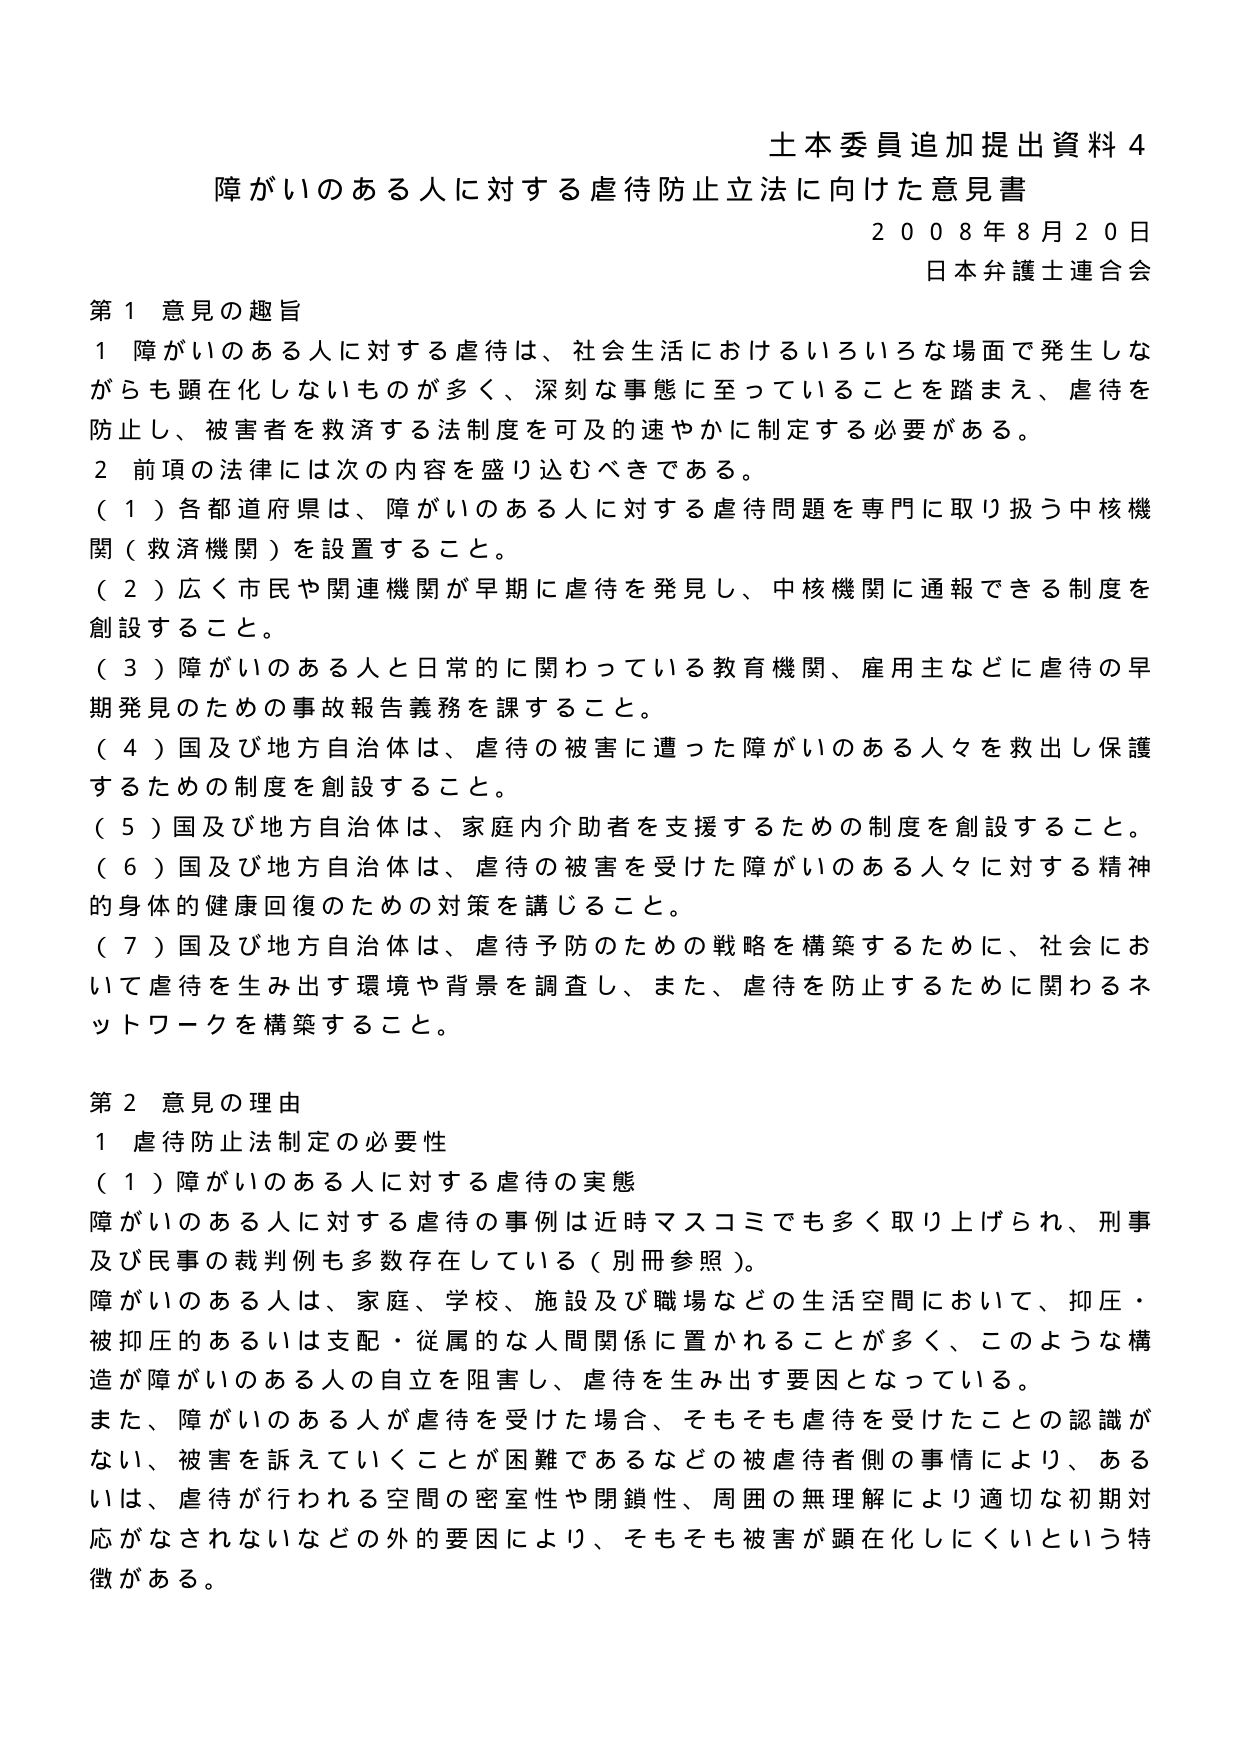
土本委員追加提出資料４
障がいのある人に対する虐待防止立法に向けた意見書
２００８年８月２０日
日本弁護士連合会

第１ 意見の趣旨
１ 障がいのある人に対する虐待は、社会生活におけるいろいろな場面で発生しながらも顕在化しないものが多く、深刻な事態に至っていることを踏まえ、虐待を防止し、被害者を救済する法制度を可及的速やかに制定する必要がある。
２ 前項の法律には次の内容を盛り込むべきである。
（１）各都道府県は、障がいのある人に対する虐待問題を専門に取り扱う中核機関（救済機関）を設置すること。
（２）広く市民や関連機関が早期に虐待を発見し、中核機関に通報できる制度を創設すること。
（３）障がいのある人と日常的に関わっている教育機関、雇用主などに虐待の早期発見のための事故報告義務を課すこと。
（４）国及び地方自治体は、虐待の被害に遭った障がいのある人々を救出し保護するための制度を創設すること。
（５）国及び地方自治体は、家庭内介助者を支援するための制度を創設すること。
（６）国及び地方自治体は、虐待の被害を受けた障がいのある人々に対する精神的・身体的健康回復のための対策を講じること。
（７）国及び地方自治体は、虐待予防のための戦略を構築するために、社会において虐待を生み出す環境や背景を調査し、また、虐待を防止するために関わるネットワークを構築すること。

第２ 意見の理由
１ 虐待防止法制定の必要性
（１）障がいのある人に対する虐待の実態
障がいのある人に対する虐待の事例は近時マスコミでも多く取り上げられ、刑事及び民事の裁判例も多数存在している（別冊参照）。
障がいのある人は、家庭、学校、施設及び職場などの生活空間において、抑圧・被抑圧のあるいは支配・従属的な人間関係に置かれることが多く、このような構造が障がいのある人の自立を阻害し、虐待を生み出す要因となっている。
また、障がいのある人が虐待を受けた場合、そもそも虐待を受けたことの認識がない、被害を訴えていくことが困難であるなどの被虐待者側の事情により、あるいは、虐待が行われる空間の密室性や閉鎖性、周囲の無理解により適切な初期対応がなされないなどの外的要因により、そもそも被害が顕在化しにくいという特徴がある。